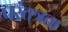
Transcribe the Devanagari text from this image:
परंतत्रता